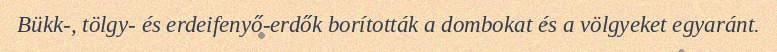
Bükk-, tölgy- és erdeifenyő-erdők borították a dombokat és a völgyeket egyaránt.